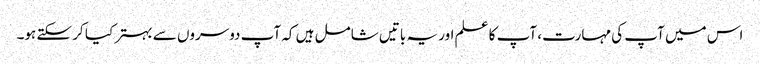
اس میں آپ کی مہارت، آپ کا علم اور یہ باتیں شامل ہیں کہ آپ دوسروں سے بہتر کیا کر سکتے ہو۔